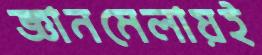
জ্ঞানমেলায়ই